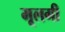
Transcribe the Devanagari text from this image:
मूलगी